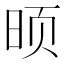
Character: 𮲟